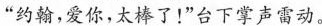
“约翰，爱你，太棒了！”台下掌声雷动。